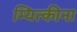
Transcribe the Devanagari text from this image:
म्यित्कीना